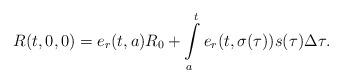
LaTeX: \begin{align*}R(t,0,0)=e_{r}(t,a)R_{0}+\int\limits_{a}^{t}e_{r}(t,\sigma(\tau))s(\tau)\Delta\tau .\end{align*}